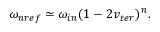
\omega _ { n r e f } \simeq \omega _ { i n } ( 1 - 2 v _ { t e r } ) ^ { n } .